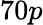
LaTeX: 70p